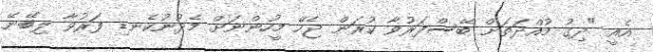
އެއީ "ދިގު މުއްދަތަށް ބޭސްފަރުވާ ކުރަން ޖެހޭ މީހުންނަށް މެދުނުކެނޑި ފަރުވާ ލިބޭނޭ